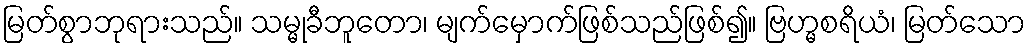
မြတ်စွာဘုရားသည်။ သမ္မုခီဘူတော၊ မျက်မှောက်ဖြစ်သည်ဖြစ်၍။ ဗြဟ္မစရိယံ၊ မြတ်သော